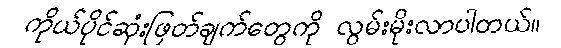
ကိုယ်ပိုင်ဆုံးဖြတ်ချက်တွေကို လွမ်းမိုးလာပါတယ်။